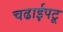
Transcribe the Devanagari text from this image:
चढाईपटू